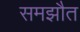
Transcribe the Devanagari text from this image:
समझौत